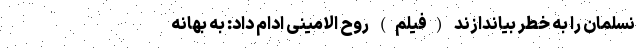
نسلمان را به خطر بیاندازند (فیلم) روح الامینی ادام داد: به بهانه